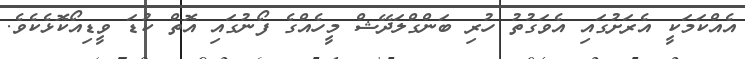
އެއްކަމަކީ އެރަށުގައި އެވަގުތު ހުރި ބަންގްލަދޭޝް މީހެއްގެ ފޯނުގައި އޮތް ކުޑަ ވީޑިއޯކޮޅެކެވެ.